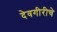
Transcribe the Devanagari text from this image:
देवगीरीचे